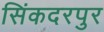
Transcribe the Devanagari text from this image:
सिंकदरपुर